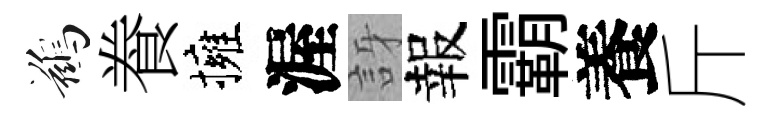
鷀飬擁渥訝報霸養斤